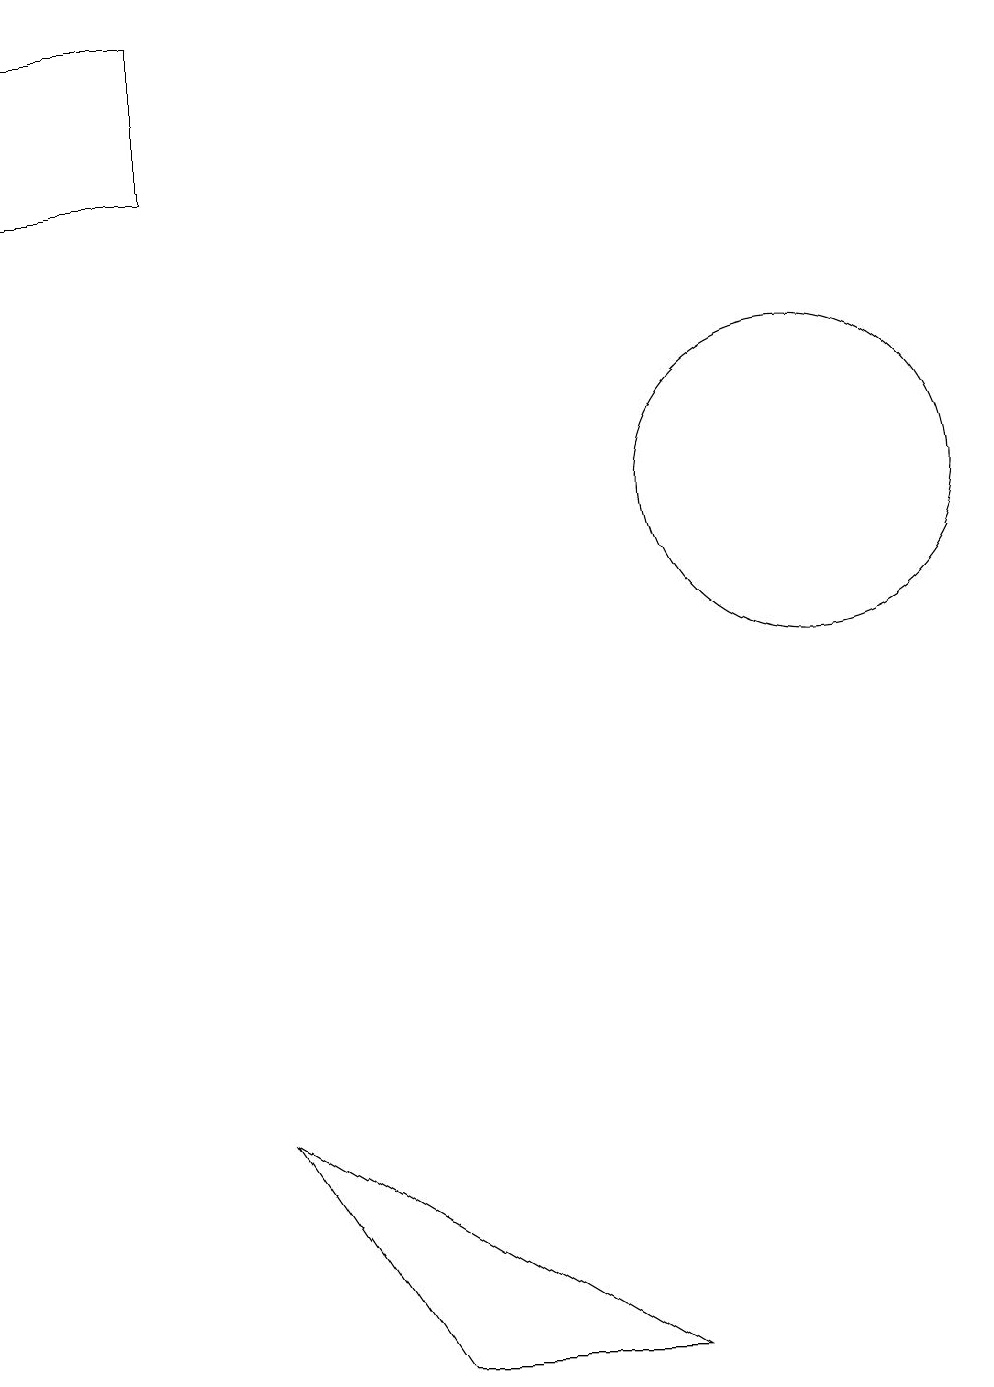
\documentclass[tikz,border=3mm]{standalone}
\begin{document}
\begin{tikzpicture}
\draw (1,16) rectangle (3,18);
\draw (11,12) circle (2);
\draw (6,1) -- (9,1) -- (4,4) -- cycle;
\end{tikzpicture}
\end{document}